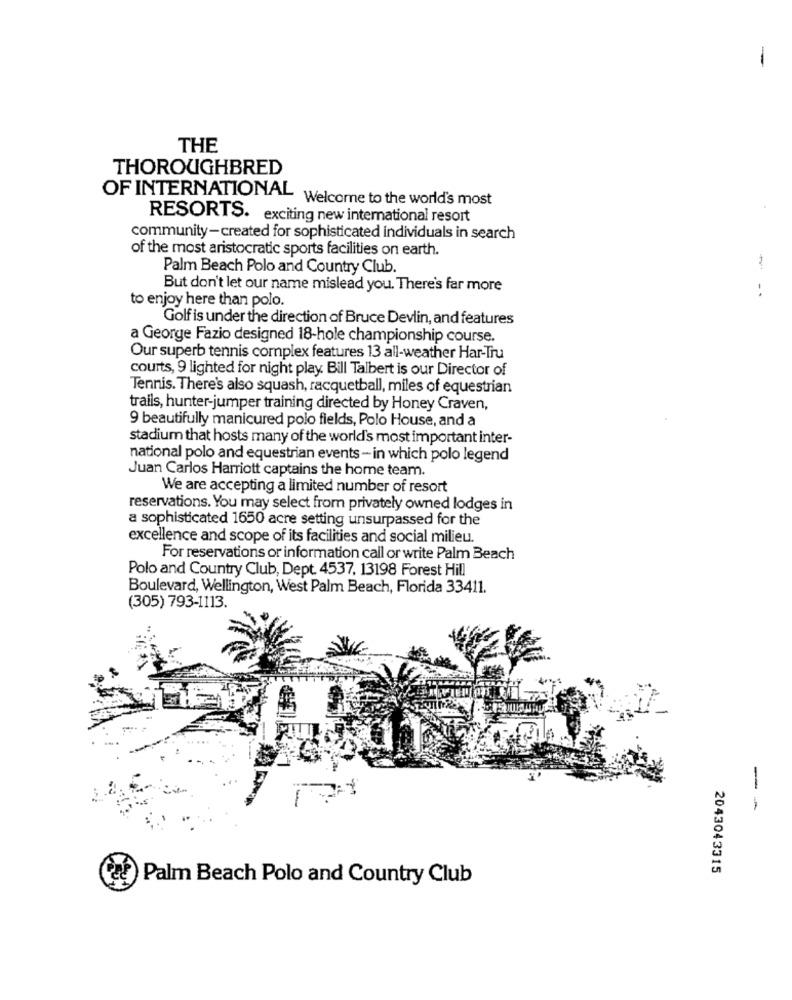
-
THE
THOROUGHBRED
OF INTERNATIONAL
Welcome to the world's most
RESORTS. exciting new international resort
community-created for sophisticated individuals in search
of the most aristocratic sports facilities on earth.
Palm Beach Polo and Country Club.
But don't let our name mislead you. There's far more
..
to enjoy here than polo.
Golf is under the direction of Bruce Devlin, and features
a George Fazio designed 18-hole championship course.
Our superb tennis complex features 13 all-weather Har-Tru
courts, 9 lighted for night play. Bill Talbert is our Director of
Tennis. There's also squash, racquetball, miles of equestrian
trails, hunter-jumper training directed by Honey Craven,
9 beautifully manicured polo fields, Polo House, and a
stadium that hosts many of the world's most important inter-
national polo and equestrian events - in which polo legend
Juan Carlos Harriott captains the home team.
We are accepting a limited number of resort
reservations. You may select from privately owned lodges in
a sophisticated 1650 acre setting unsurpassed for the
excellence and scope of its facilities and social milieu.
For reservations or information call or write Palm Beach
Polo and Country Club, Dept. 4537. 13198 Forest Hill
Boulevard, Wellington, West Palm Beach, Florida 33411.
(305) 793-1113.
- --
2043043315
Palm Beach Polo and Country Club